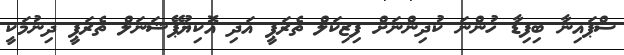
ސްޕައިނާ ބިފިޑާ ހުންނަ ކުދިންނަށް ފިޒިކަލް ތެރަޕީ އަދި އޮކިޔުޕޭޝަނަލް ތެރަޕީ ދިނުމަކީ